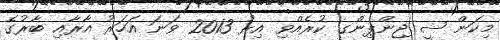
މިކަން ޝީ ޖިންޕިންގ ކުރެއްވި އިރު 2013 ވަނަ އަހަރު އާރާއި ބާރުގެ